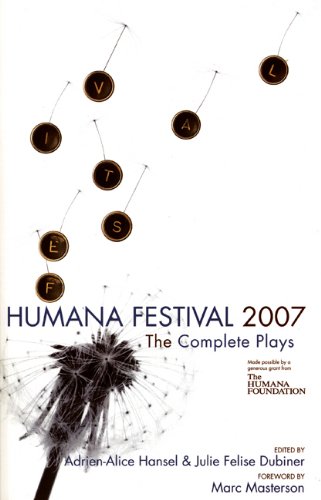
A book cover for Humana Festival 2007: The Complete Plays; Literature & Fiction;